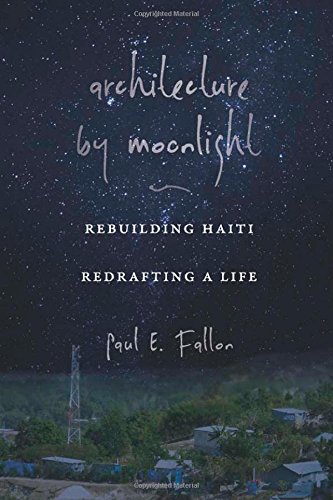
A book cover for Architecture by Moonlight: Rebuilding Haiti, Redrafting a Life; Paul E. Fallon; Travel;